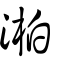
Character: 湐